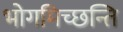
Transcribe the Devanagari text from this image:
भोगमिच्छन्ति